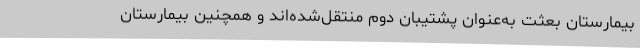
بیمارستان بعثت به‌عنوان پشتیبان دوم منتقل‌شده‌اند و همچنین بیمارستان